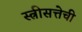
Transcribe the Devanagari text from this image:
स्त्रीसत्तेची